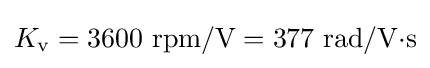
K_{\text{v}}=3600{\text{ rpm}}/{\text{V}}=377{\text{ rad}}/{\text{V·s}}